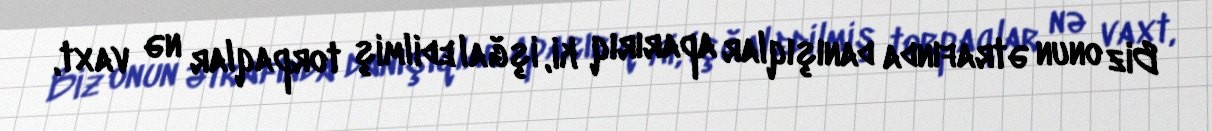
Biz onun ətrafında danışıqlar aparırıq ki, işğal edilmiş torpaqlar nə vaxt,